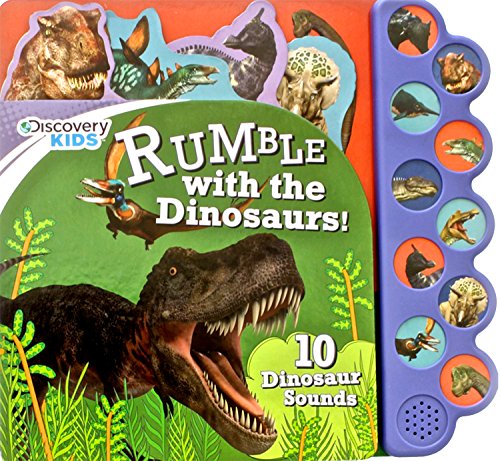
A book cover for Discovery Kids Dinosaurs Rumble Sound Book (Discovery 10 Button); Parragon Books; Children's Books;